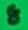
Text: 8